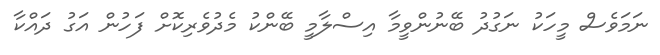
ނަމަވެސް މީހަކު ނަގުދު ބޭނުންވީމާ އިސްލާމީ ބޭންކު މެދުވެރިކޮށް ފަހުން އަގު ދައްކާ